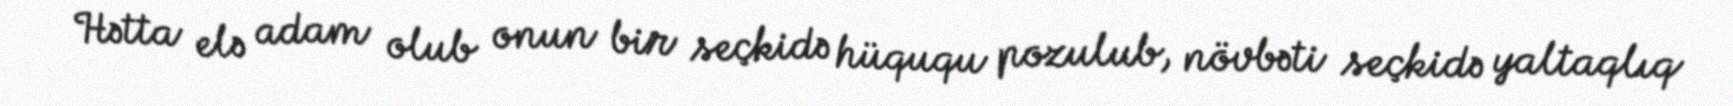
Hətta elə adam olub onun bir seçkidə hüququ pozulub, növbəti seçkidə yaltaqlıq